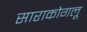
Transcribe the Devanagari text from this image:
साराकोगलू